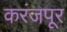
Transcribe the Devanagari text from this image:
करंजपूर